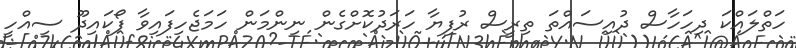
ހަތްލައްކަ ދިހަހާސް ދުއިސައްތަ ތިރީސް ރުފިޔާ ހަރަދުކޮށްގެން ނިންމަން ހަމަޖެހިފައިވާ ފޯކައިދޫ ސިއްހީ